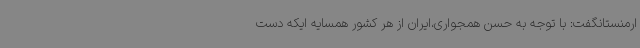
ارمنستانگفت: با توجه به حسن همجواری،ایران از هر کشور همسایه ایکه دست